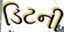
ડિટની